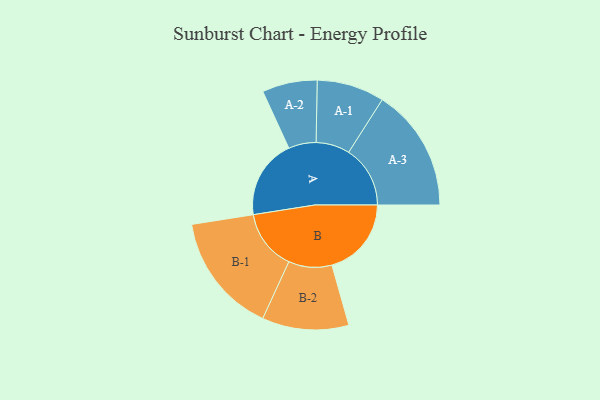
{"axis": {"x": "Segment", "y": "Value"}, "legend": ["", "A", "B"], "data": [{"x": "A", "y": 332, "type": ""}, {"x": "B", "y": 332, "type": ""}, {"x": "A-1", "y": 141, "type": "A"}, {"x": "A-2", "y": 115, "type": "A"}, {"x": "A-3", "y": 257, "type": "A"}, {"x": "B-1", "y": 252, "type": "B"}, {"x": "B-2", "y": 181, "type": "B"}]}